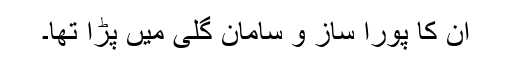
ان کا پورا ساز و سامان گلی میں پڑا تھا۔